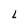
Character: L